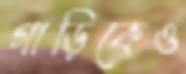
গাড়িকেও